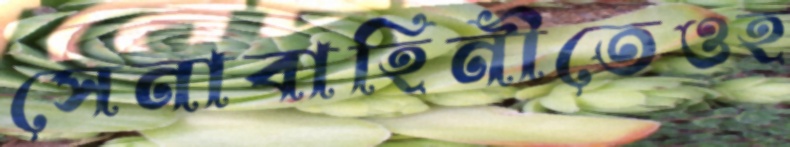
সেনাবাহিনীতেওহ